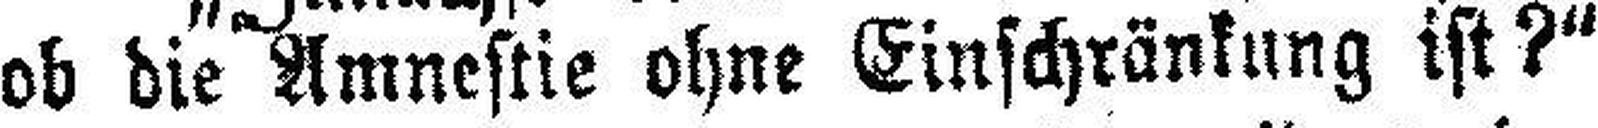
ob die Amnestie ohne Einschränkung ist?“